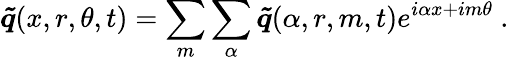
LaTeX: \boldsymbol{\tilde{q}}(x,r,\theta,t)=\sum_{m}\sum_{\alpha}\boldsymbol{\tilde{q}}(\alpha,r,m,t)e^{i\alpha x+im\theta}\mathrm{~.~}